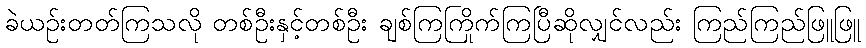
ခဲယဉ်းတတ်ကြသလို တစ်ဦးနှင့်တစ်ဦး ချစ်ကြကြိုက်ကြပြီဆိုလျှင်လည်း ကြည်ကြည်ဖြူဖြူ